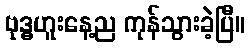
ဗုဒ္ဓဟူးနေ့ည ကုန်သွားခဲ့ပြီ။